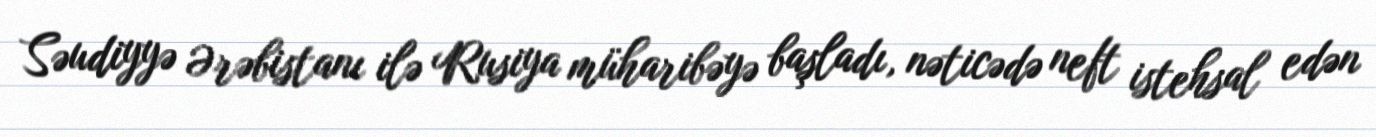
Səudiyyə Ərəbistanı ilə Rusiya müharibəyə başladı, nəticədə neft istehsal edən